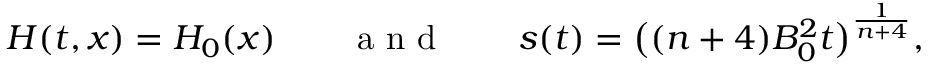
H ( t , x ) = H _ { 0 } ( x ) \qquad \mathrm { ~ a ~ n ~ d ~ } \qquad s ( t ) = \big ( ( n + 4 ) B _ { 0 } ^ { 2 } t \big ) ^ { \frac { 1 } { n + 4 } } ,